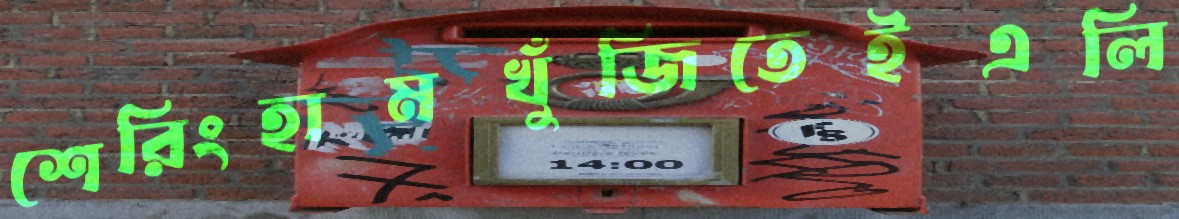
শেরিংহামখুঁজিতেইএলি